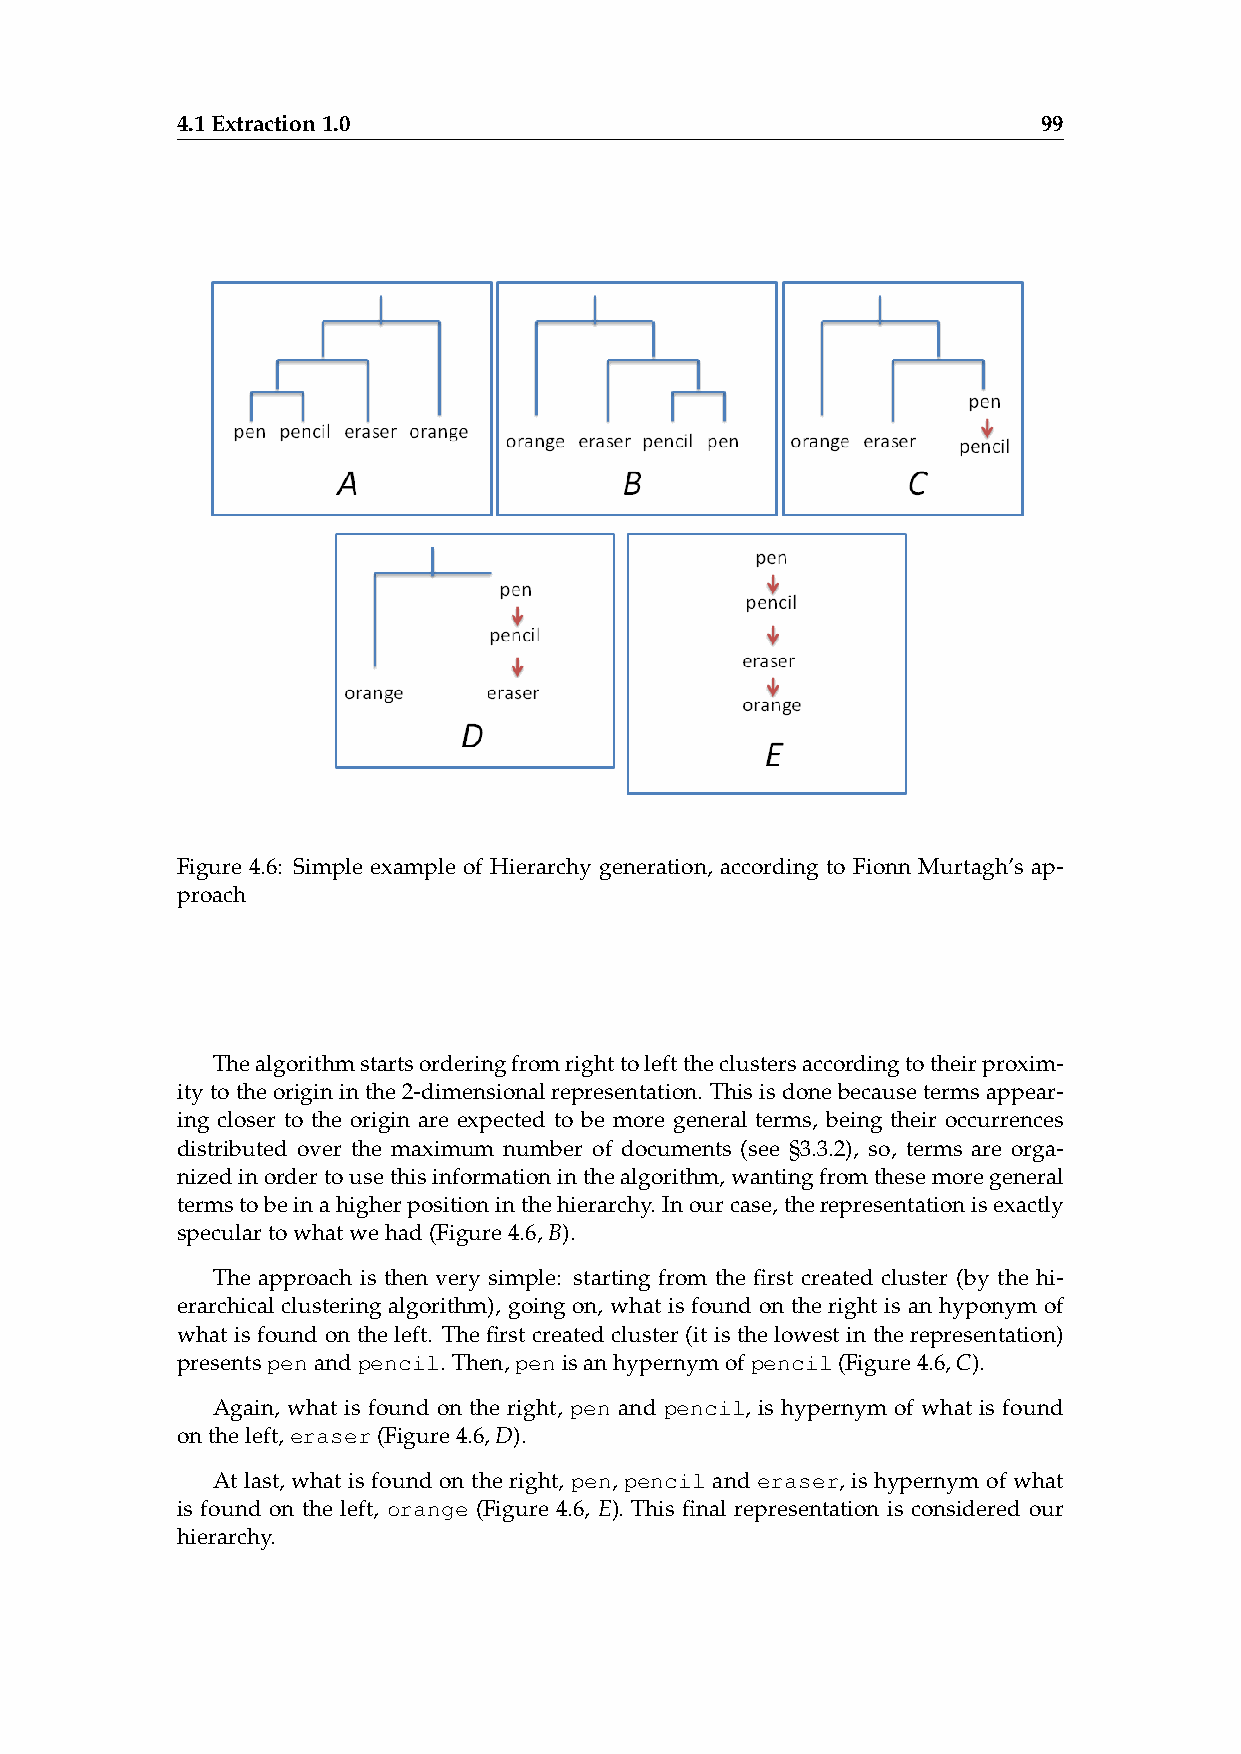
4.1Extraction1.0                                         99
 Figure 4.6: Simple example of Hierarchy generation, according to Fionn Murtagh’s ap-
 proach
 Thealgorithmstartsorderingfromrighttolefttheclustersaccordingtotheirproxim-
 itytotheorigininthe2-dimensionalrepresentation. Thisisdonebecausetermsappear-
 ing closer to the origin are expected to be more general terms, being their occurrences
 distributed over the maximum number of documents (see §3.3.2), so, terms are orga-
 nizedinordertousethisinformationinthealgorithm,wantingfromthesemoregeneral
 termstobeinahigherpositioninthehierarchy. Inourcase,therepresentationisexactly
 speculartowhatwehad(Figure4.6,B).
 The approach is then very simple: starting from the first created cluster (by the hi-
 erarchical clustering algorithm), going on, what is found on the right is an hyponym of
 what is found on the left. The first created cluster (it is the lowest in the representation)
 presentspenandpencil. Then,penisanhypernymofpencil(Figure4.6,C).
 Again, what is found on the right, pen and pencil, is hypernym of what is found
 ontheleft,eraser(Figure4.6,D).
 At last, what is found on the right, pen, pencil and eraser, is hypernym of what
 is found on the left, orange (Figure 4.6, E). This final representation is considered our
 hierarchy.